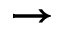
\rightarrow